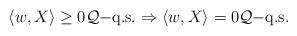
LaTeX: \begin{align*}\langle w, X\rangle\ge 0\mathcal{Q}\mathrm{-q.s.} \Rightarrow\langle w, X\rangle =0 \mathcal{Q}\mathrm{-q.s.}\end{align*}